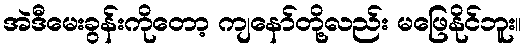
အဲဒီမေးခွန်းကိုတော့ ကျနော်တို့လည်း မဖြေနိုင်ဘူး။